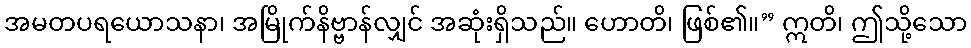
အမတပရယောသနာ၊ အမြိုက်နိဗ္ဗာန်လျှင် အဆုံးရှိသည်။ ဟောတိ၊ ဖြစ်၏။” ဣတိ၊ ဤသို့သော